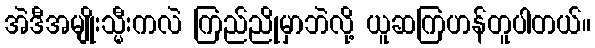
အဲဒီအမျိုးသ္မီးကလဲ ကြည်ညိုမှာဘဲလို့ ယူဆကြဟန်တူပါတယ်။